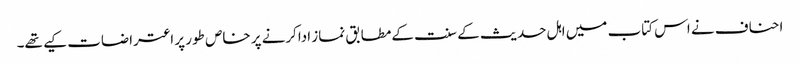
احناف نے اس کتاب میں اہل حدیث کے سنت کےمطابق نماز اداکرنے پر خاص طور پر اعتراضات کیے تھے۔